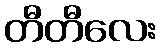
တီတီလေး